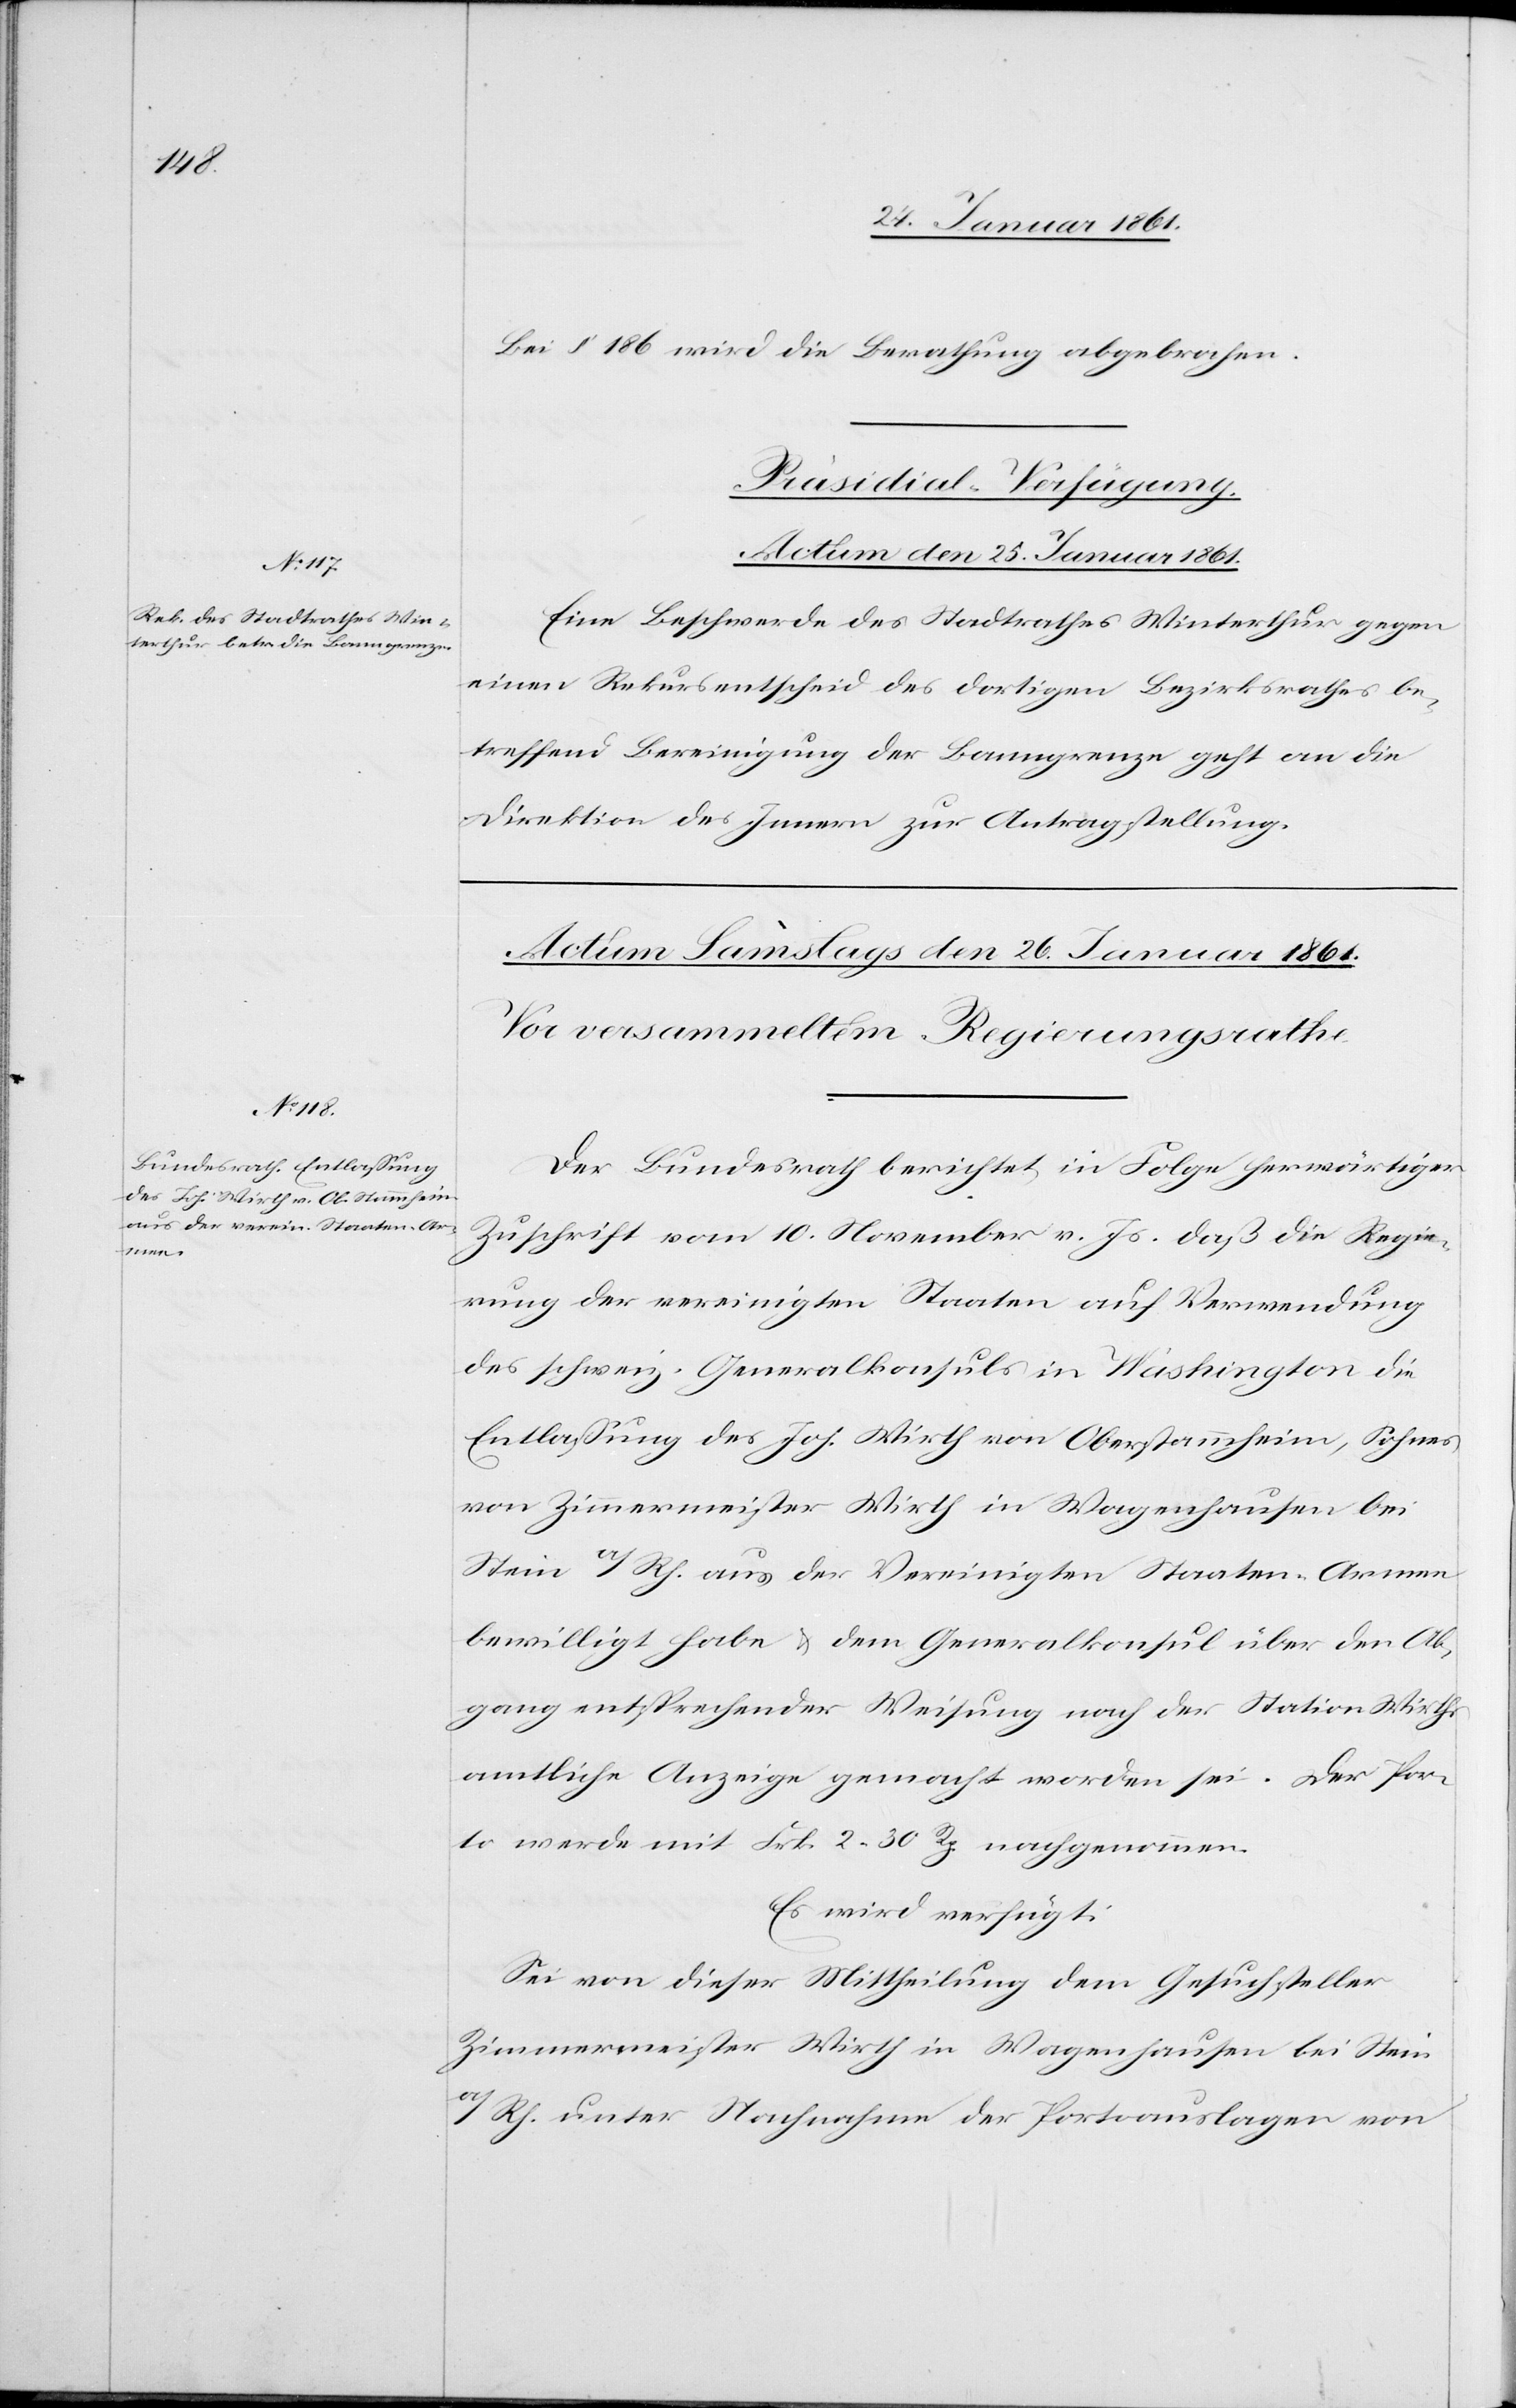
Bei §. 186 wird die Berathung abgebrochen.
Präsidial-Verfügung.
Actum den 25. Januar 1861.
Eine Beschwerde des Stadtrathes Winterthur gegen
einen Rekursentscheid des dortigen Bezirksrathes be¬
treffend Bereinigung der Banngrenze geht an die
Direktion des Innern zur Antragstellung.
Der Bundesrath berichtet in Folge herwärtiger
Zuschrift vom 10. November v. Js. daß die Regie¬
rung der vereinigten Staaten auf Verwendung
des schweiz. Generalkonsuls in Washington die
Entlassung des Joh. Wirth von Oberstammheim, Sohnes
von Zimmermeister Wirth in Wagenhausen bei
Stein a/Rh. aus der Vereinigten Staaten-Armee
bewilligt habe u. dem Generalkonsul über den Ab¬
gang entsprechender Weisung nach der Station Wirths
amtliche Anzeige gemacht worden sei. Der Por¬
to werde mit Frk. 2. 30 Rp. nachgenommen.
Es wird verfügt:
Sei von dieser Mittheilung dem Gesuchsteller
Zimmermeister Wirth in Wagenhausen bei Stein
a/Rh. unter Nachnahme der Portoauslagen von